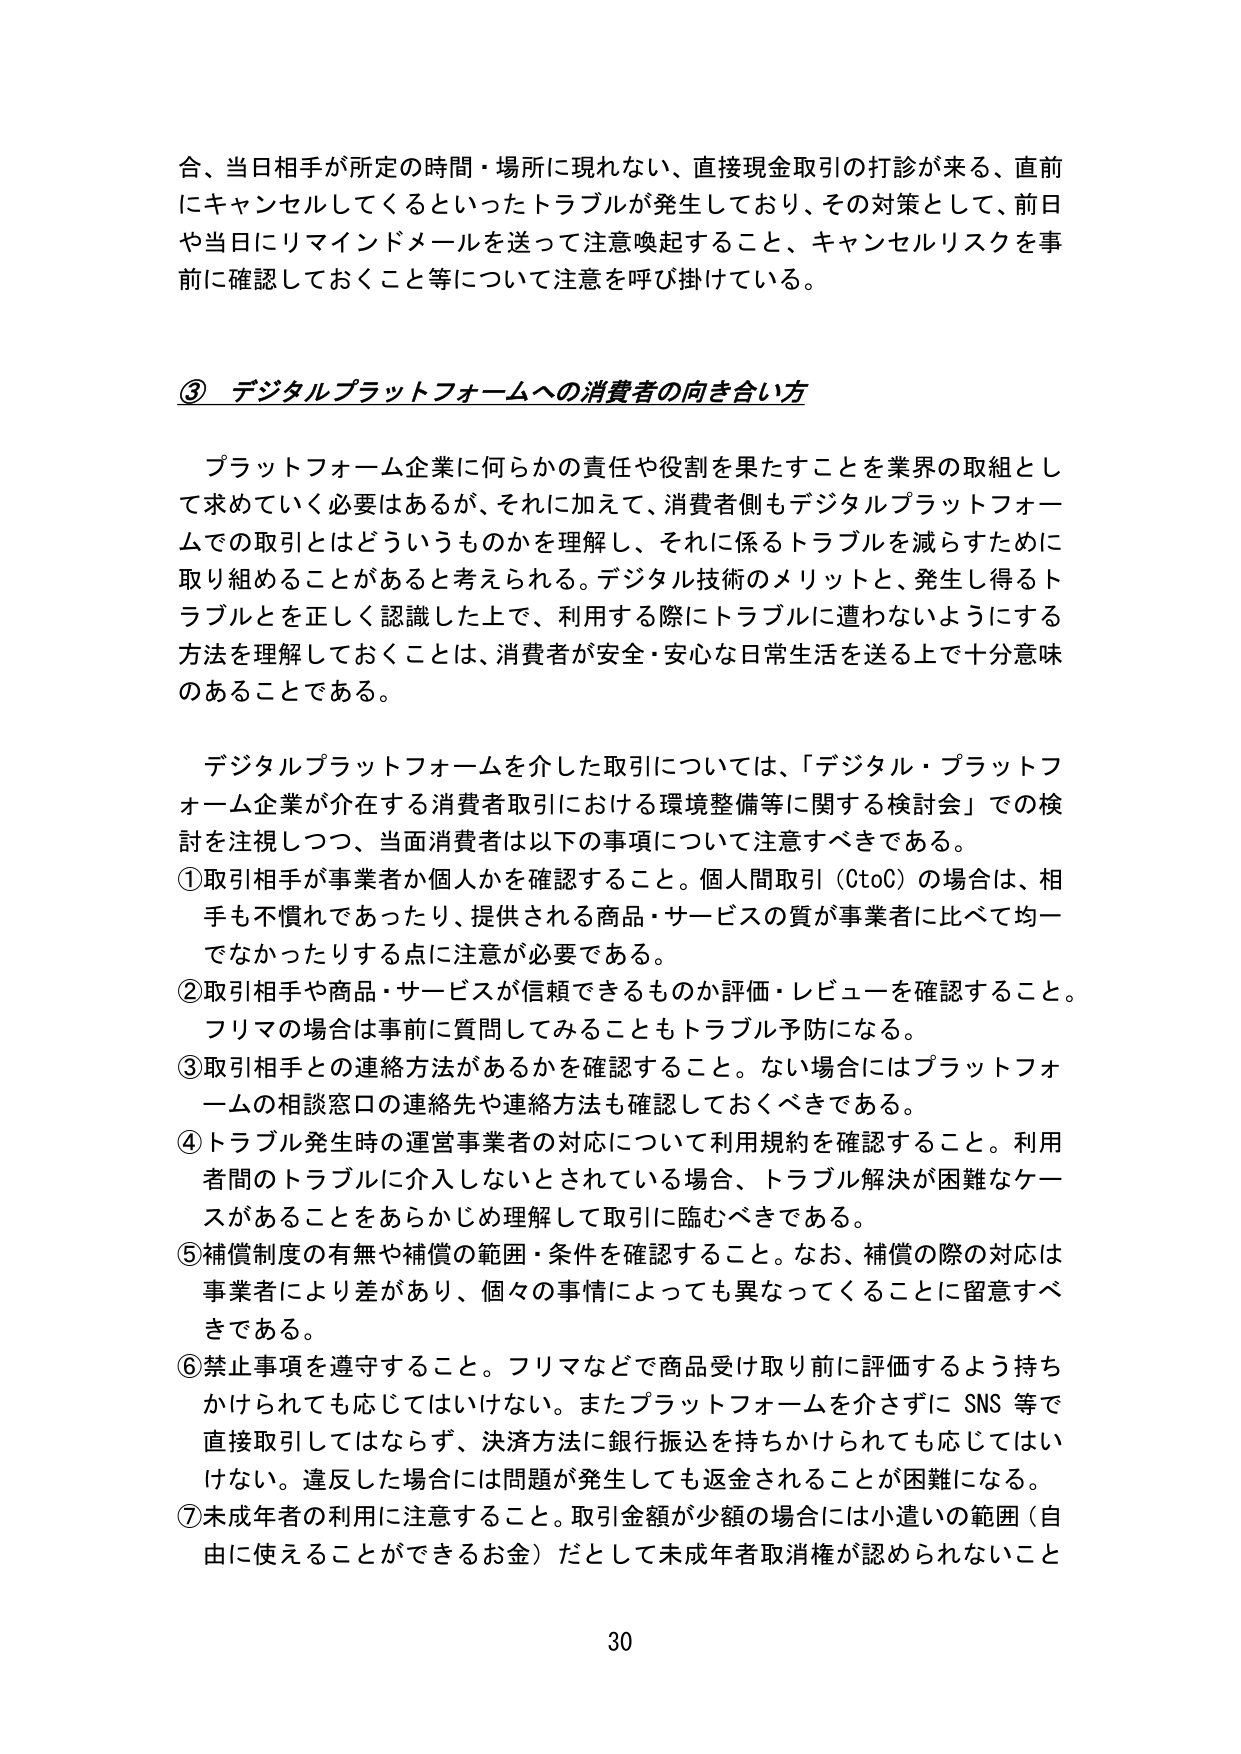
合、当日相手が所定の時間・場所に現れない、直接現金取引の打診が来る、直前にキャンセルしてくるといったトラブルが発生しており、その対策として、前日や当日にリマインドメールを送って注意喚起すること、キャンセルリスクを事前に確認しておくこと等について注意を呼び掛けている。

③ デジタルプラットフォームへの消費者の向き合い方

プラットフォーム企業に何らかの責任や役割を果たすことを業界の取組として求めていく必要はあるが、それに加えて、消費者側もデジタルプラットフォームでの取引とはどういうものかを理解し、それに係るトラブルを減らすために取り組めることがあると考えられる。デジタル技術のメリットと、発生し得るトラブルを正しく認識した上で、利用する際にトラブルに遭わないようにする方法を理解しておくことは、消費者が安全・安心な日常生活を送る上で十分意味のあることである。

デジタルプラットフォームを介した取引については、「デジタル・プラットフォーム企業が介在する消費者取引における環境整備等に関する検討会」での検討を注視しつつ、当面消費者は以下の事項について注意すべきである。

①取引相手が事業者か個人かを確認すること。個人間取引（CtoC）の場合は、相手も不慣れであったり、提供される商品・サービスの質が事業者に比べて均一でなかったりする点に注意が必要である。

②取引相手や商品・サービスが信頼できるものか評価・レビューを確認すること。フリマの場合は事前に質問してみることもトラブル予防になる。

③取引相手との連絡方法があるかを確認すること。ない場合にはプラットフォームの相談窓口の連絡先や連絡方法も確認しておくべきである。

④トラブル発生時の運営事業者の対応について利用規約を確認すること。利用者間のトラブルに介入しないとされている場合、トラブル解決が困難なケースがあることをあらかじめ理解して取引に臨むべきである。

⑤補償制度の有無や補償の範囲・条件を確認すること。なお、補償の際の対応は事業者により差があり、個々の事情によっても異なってくることに留意すべきである。

⑥禁止事項を遵守すること。フリマなどで商品受け取り前に評価するよう持ちかけられても応じてはいけない。またプラットフォームを介さずにSNS等で直接取引してはならず、決済方法に銀行振込を持ちかけられても応じてはいけない。違反した場合には問題が発生しても返金されることが困難になる。

⑦未成年者の利用に注意すること。取引金額が少額の場合には小遣いの範囲（自由に使えることができるお金）だとして未成年者取消権が認められないこと

30